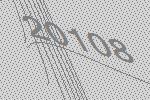
20108